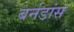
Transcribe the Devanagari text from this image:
बर्नडांस